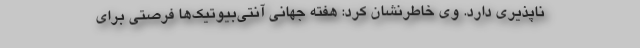
ناپذیری دارد. وی خاطرنشان کرد: هفته جهانی آنتی‌بیوتیک‌ها فرصتی برای